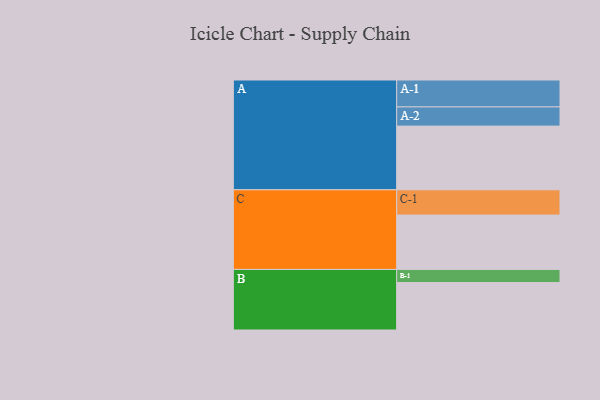
{"axis": {"x": "Segment", "y": "Value"}, "legend": ["", "A", "B", "C"], "data": [{"x": "A", "y": 568, "type": ""}, {"x": "B", "y": 423, "type": ""}, {"x": "C", "y": 485, "type": ""}, {"x": "A-1", "y": 240, "type": "A"}, {"x": "A-2", "y": 171, "type": "A"}, {"x": "B-1", "y": 117, "type": "B"}, {"x": "C-1", "y": 225, "type": "C"}]}